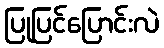
ပြုပြင်ပြောင်းလဲ